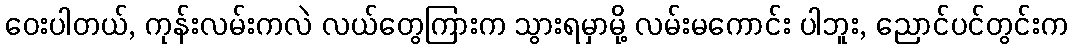
ဝေးပါတယ်, ကုန်းလမ်းကလဲ လယ်တွေကြားက သွားရမှာမို့ လမ်းမကောင်း ပါဘူး, ညောင်ပင်တွင်းက